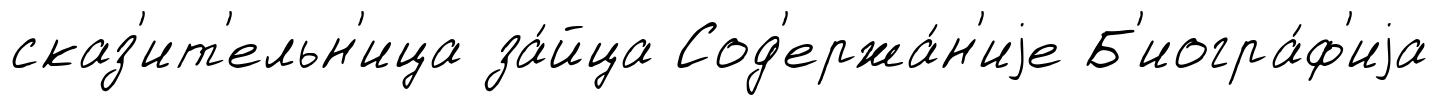
сказ'ит'ельн'ица за́йца Сод'ержа́н'иjе Б'иогра́ф'иjа